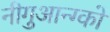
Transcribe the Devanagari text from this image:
नीगुआन्ग्को